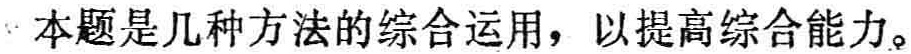
本题是几种方法的综合运用，以提高综合能力。